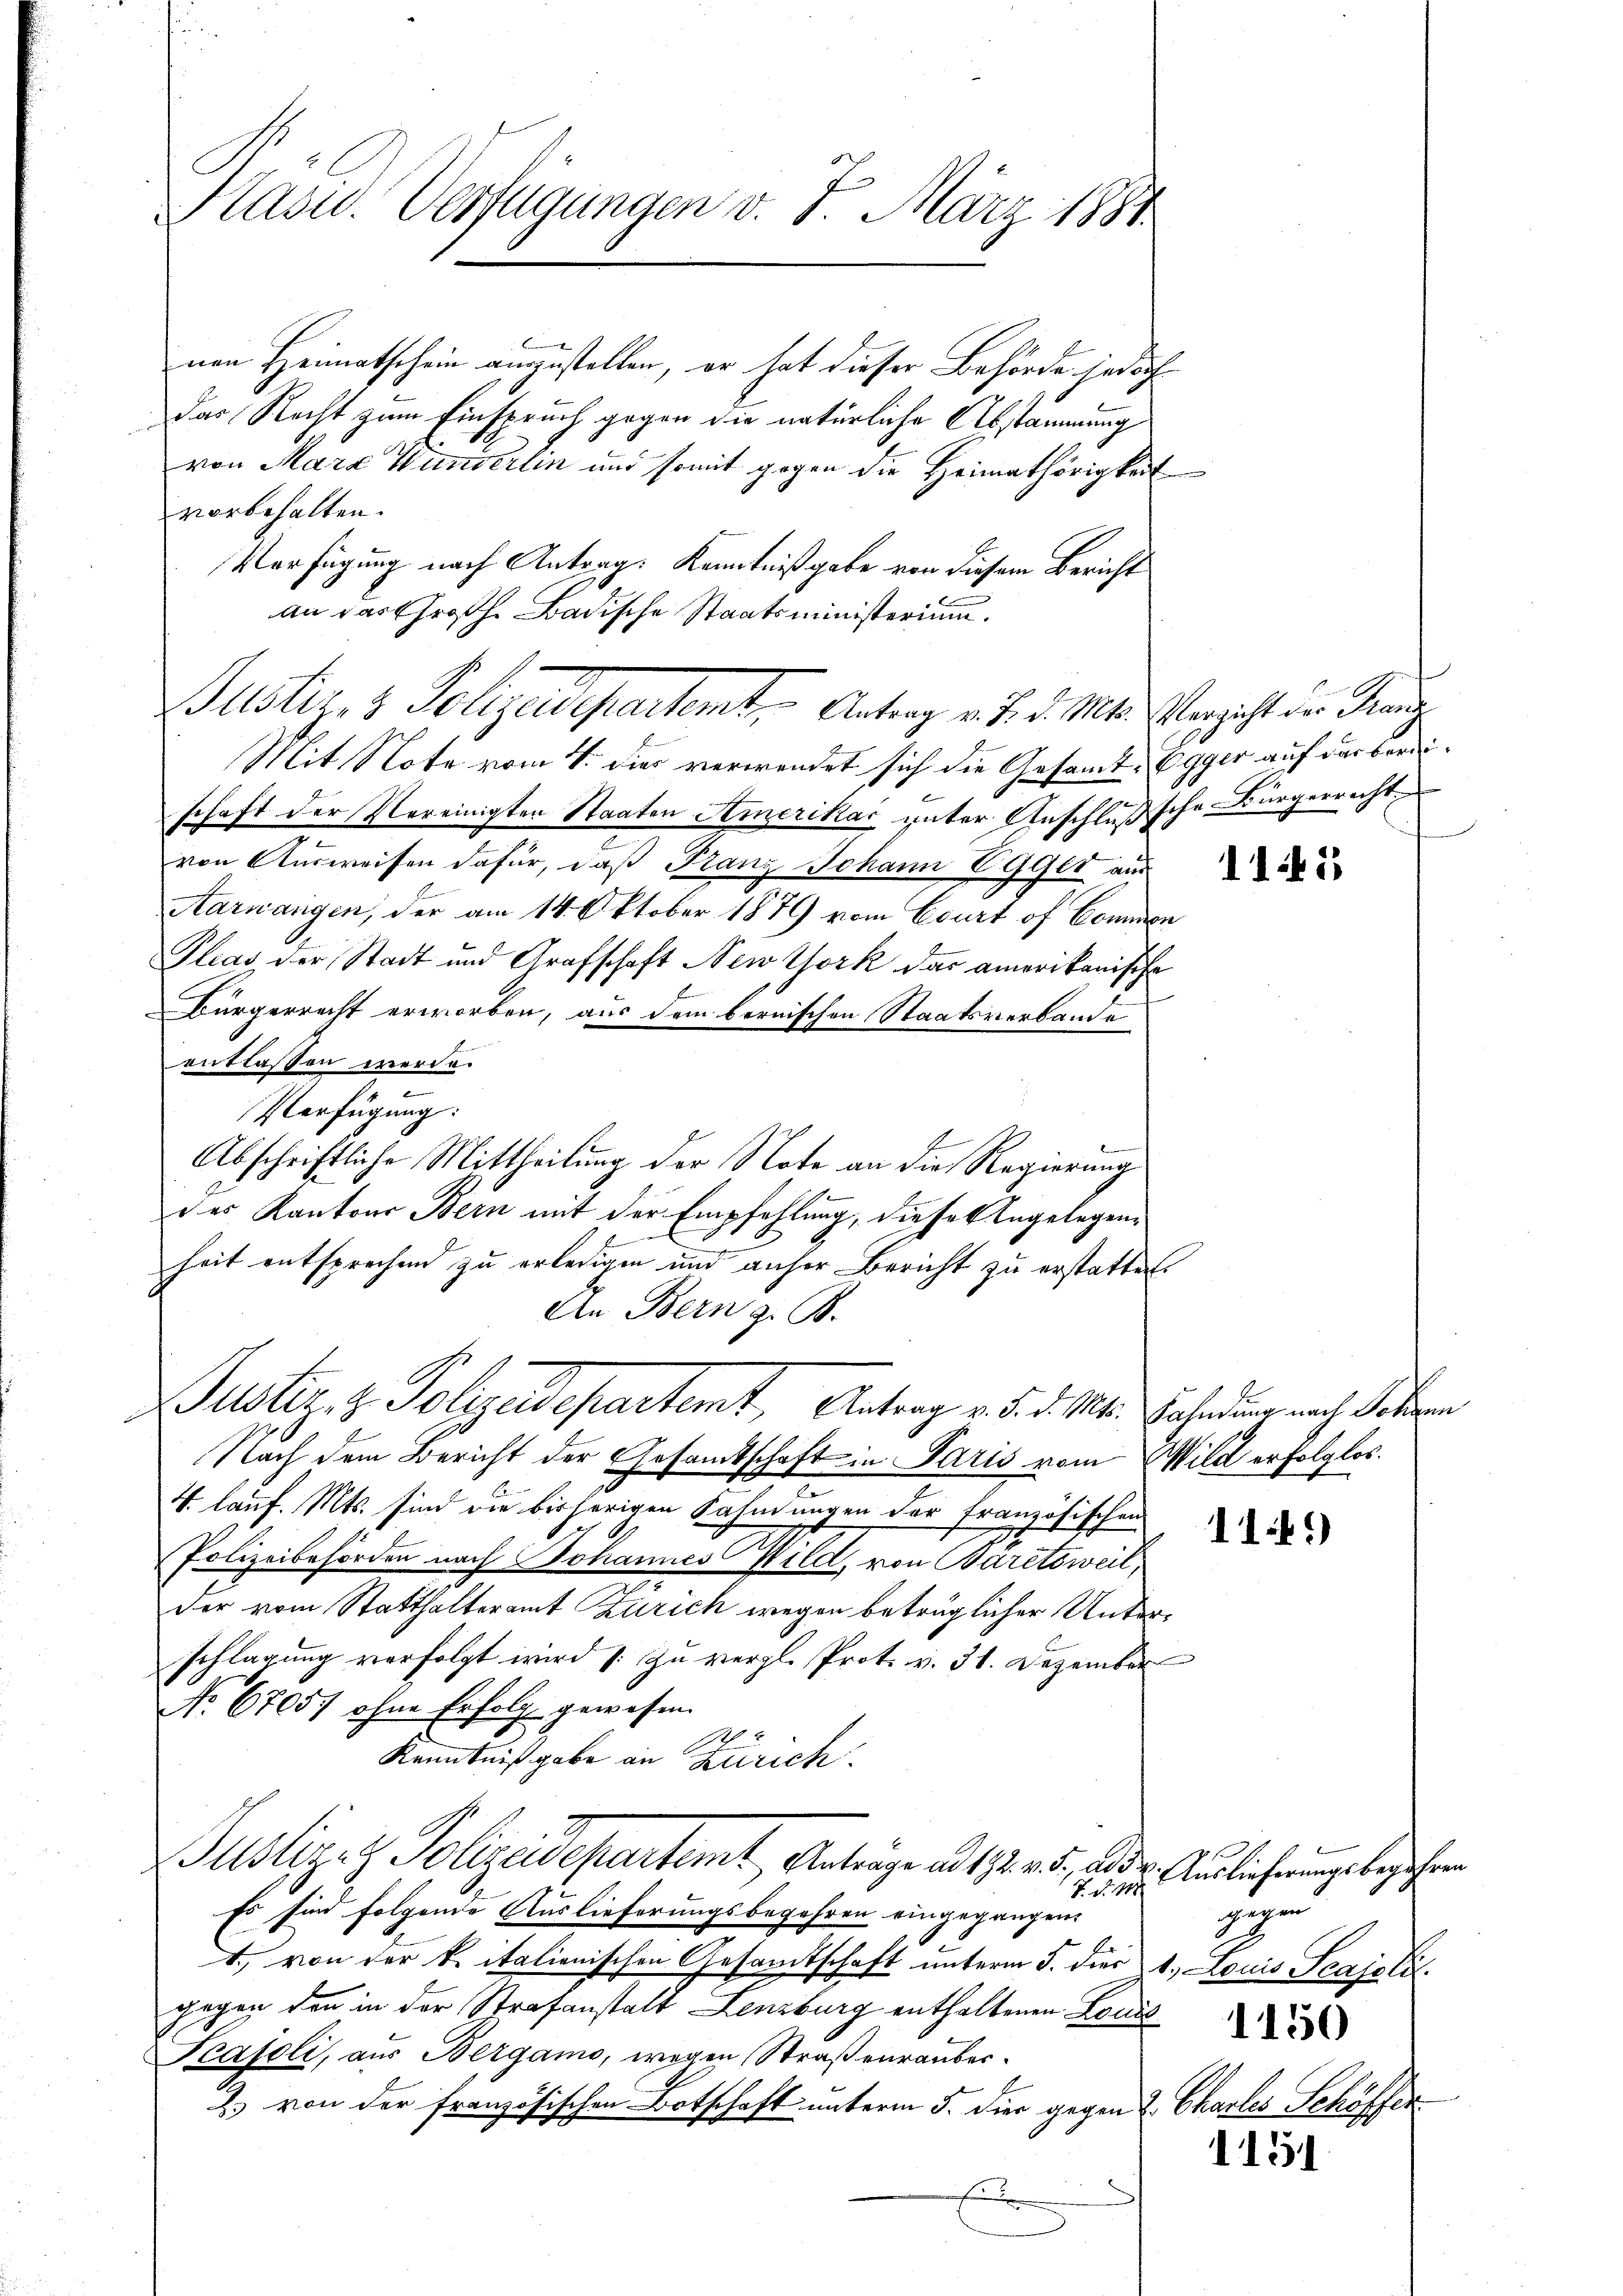
Kasu. Verfügungen v. 7. März 1884

nen Heimatschein angestellen, er hat dieser Behörde jedoch
das Recht zum Einspruch gegen die natürliche Abstammung
von Mara Wunderlin und somit gegen die Heimathörigkeit
vorbehalten.
Verfügung nach Antrags Kenntnißgabe von diesem Bericht
an das Großh. Badische Staatsministerium.
Mit Note vom 4. dies verwendet sich die Gesamt Egger auf das bereischaft der Vereinigter Staaten Amerikas unter Anschluß sche Bürgerrecht
von Ausweisen dafür, daß Franz Johann Egger aus
Aarwangen, der am 14. Oktober 1879 vom Court of Commen
Plias der Stadt und Grafschaft New York das amerikanische
Bürgerrecht erworben, aus dem bernischen Staatsverbande
entlassen werde.
Verfügung:
Abschriftliche Mittheilung der Note an die Regierung
des Kantons Bern mit der Empfehlung, dieses Angelegenheit entsprechen zu erledigen und anher Bericht zu erstattet.
An Bern z. B.
 Justiz & Polizeidepartemt, Antrag v. d. d. Mts. Fahndung nach Schen

Justizes Polizeidepartemt, - Antrag v. 7. d. Mts. Verzicht der Kanz

Nach dem Bericht der Gesamtschaft in Paris vom Wild erfolglos.

2
4. lauf. Mts. sind die bisherigen Fahndungen der französischen
Polizeibehörden nach Johannes Wild, von Baretsweil,
der vom Statthalteramt Zürich wegen beträglicher Unterschlagung verfolgt wird (: Zu vergl. Prot. v. 31. Dezember
No 67057 ohne Erfolg gewesen.
Kenntnißgabe in Zürich.

Justige Polizeidepartemt, Anträge ad 174 n 1. ad der Auslieferungs begehren

Es sind folgende Auslieferungsbegehren eingegangen
4., von der kritalienischen Gesamtschaft unterm 5. dies
gegen den in der Strafanstalt Lenzburg enthaltenen Louis
Scaseli, aus Bergamo, wegen Straßenrauber¬
B. von der französischen Botschaft unterm 5. Dier gegen
E

7. d. 118.

1145

114.)

gegen
1. Louis Scajolit.

. Chartes Schiffer.

1150

1151